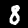
Label: 8